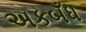
અકબઁધ